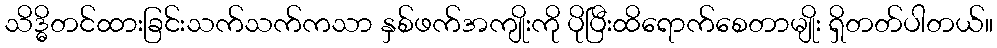
သိဒ္ဓိတင်ထားခြင်းသက်သက်ကသာ နှစ်ဖက်အကျိုးကို ပိုပြီးထိရောက်စေတာမျိုး ရှိတတ်ပါတယ်။